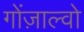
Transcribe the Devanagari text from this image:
गोंज़ाल्वो